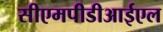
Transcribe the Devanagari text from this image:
सीएमपीडीआईएल